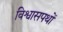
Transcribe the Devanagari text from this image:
विश्वासपथों